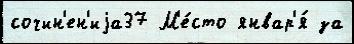
сочин'ен'иjа37 М'е́сто январ'я́ за